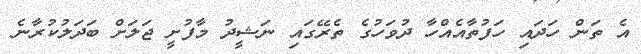
އެ ތަން ހަދައި ހަފުތާއެއްހާ ދުވަހުގެ ތެރޭގައި ނަޝީދު މާފުށީ ޖަލަށް ބަދަލުކުރާނެ